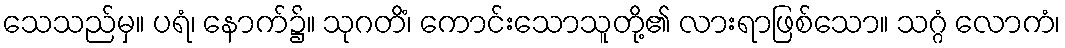
သေသည်မှ။ ပရံ၊ နောက်၌။ သုဂတိံ၊ ကောင်းသောသူတို့၏ လားရာဖြစ်သော။ သဂ္ဂံ လောကံ၊